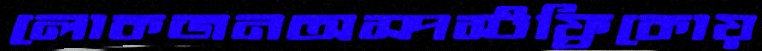
লোকজনঅস্পস্টফ্রিকোয়